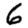
Digit: 6